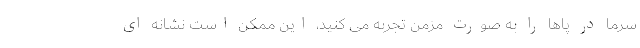
سرما در پاها را به صورت مزمن تجربه می کنید، این ممکن است نشانه ای